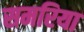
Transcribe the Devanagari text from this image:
समरिया